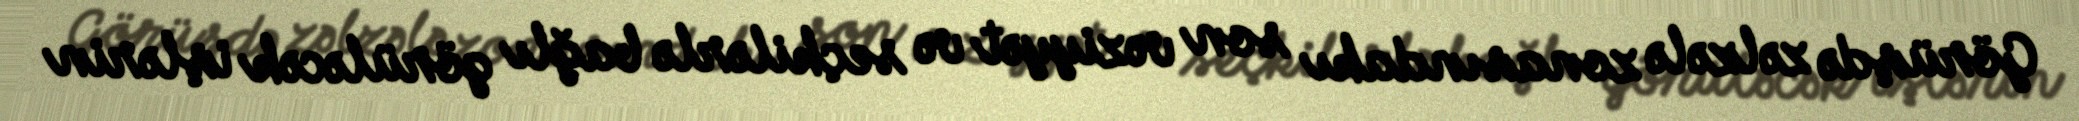
Görüşdə zəlzələ zonasındakı son vəziyyət və seçkilərlə bağlı görüləcək işlərin